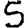
Digit: 5